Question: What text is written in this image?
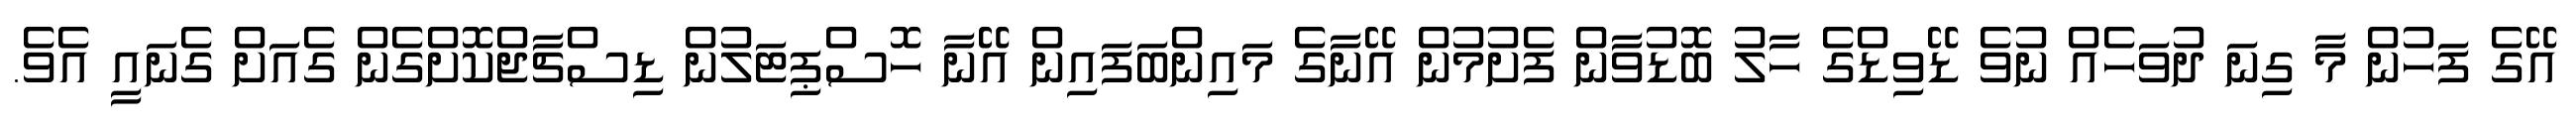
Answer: އޭގެ ފަހުން މާ ގިނަ ދުވަހެއް ނުވެ ޑޭވިޑްގެ ހާލު ބޮޑުވާން ފެށުމުން އޭނާގެ މައިންބަފައިން އޭނާ ހޮސްޕިޓަލުން ޑިސްޗާޖްކޮށްގެން ގެއަށް ގެނައީ އެވެ.